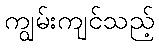
ကျွမ်းကျင်သည့်